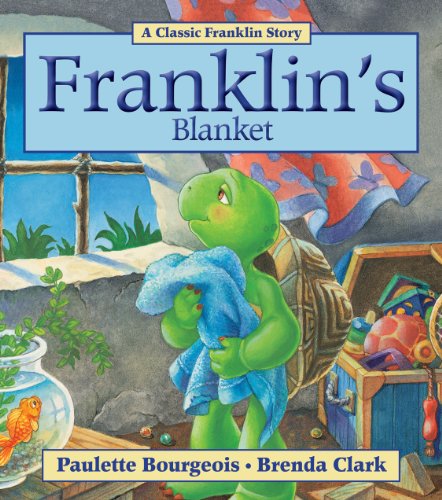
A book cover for Franklin's Blanket; Paulette Bourgeois; Children's Books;